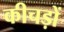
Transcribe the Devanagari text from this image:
कीचड़ों